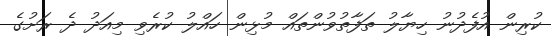
ކުރިން އުފެދުނު ހިޔާލު ތަފާތުވުންތައް މުޅިން ހައްލު ކުރެވި މިއަދު ދެ ރަށުގެ